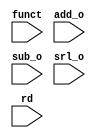
module mux(
	funct, add_o, sub_o, srl_o, rd
);

input  [31:0] add_o, sub_o, srl_o;
input  [4:0] rd;
input  [5:0] funct;

always@ (*) begin
	case ( funct )
		6'b100000 : begin // Add
			glob.r[rd] = add_o;
		end
		6'b100010 : begin // Subtract
			glob.r[rd] = sub_o;
		end
		6'b000010 : begin // Shift
			glob.r[rd] = srl_o;
		end
	endcase
end
endmodule